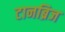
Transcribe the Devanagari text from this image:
टानब्रिज